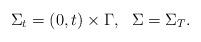
LaTeX: \begin{align*}\Sigma_t = (0,t) \times \Gamma, \ \ \Sigma = \Sigma_T. \end{align*}